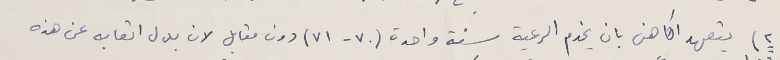
٢) يتعهد الكاهن بان يخدم الرعية سنة واحدة (٧٠-٧١) دون مقابل لان بدل اتعابه عن هذه